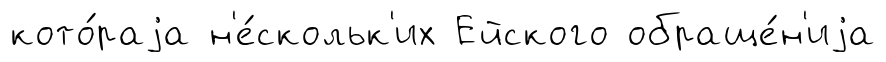
кото́раjа н'е́скольк'их Ейского обраще́н'иjа